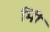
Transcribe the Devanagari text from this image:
मिी